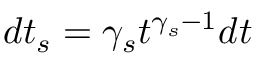
d t _ { s } = \gamma _ { s } t ^ { \gamma _ { s } - 1 } d t